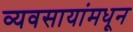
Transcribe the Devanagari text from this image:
व्यवसायांमधून